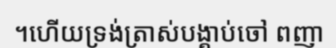
។ហើយទ្រង់ត្រាស់បង្គាប់ចៅ ពញា